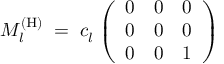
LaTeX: M _ { l } ^ { ( \mathrm { H ) } } \; = \; c _ { l } ^ { ~ } \left( \begin{array} { l l l } { { 0 } } & { { 0 } } & { { 0 } } \\ { { 0 } } & { { 0 } } & { { 0 } } \\ { { 0 } } & { { 0 } } & { { 1 } } \end{array} \right)